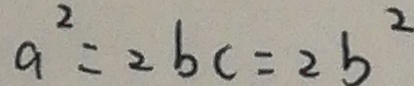
a ^ { 2 } = 2 b c = 2 b ^ { 2 }